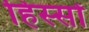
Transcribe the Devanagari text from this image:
हिस्‍सों